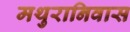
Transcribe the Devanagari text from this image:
मथुरानिवास